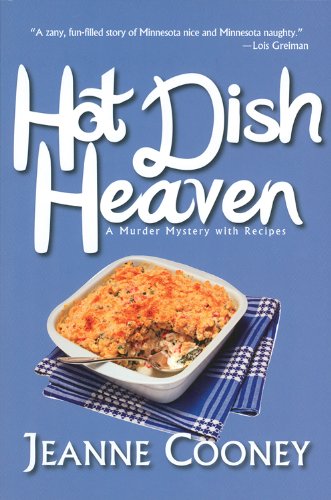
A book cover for Hot Dish Heaven: A Murder-Mystery Novel with Recipes; Jeanne Cooney; Humor & Entertainment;